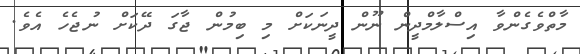
މާތްވެގެންވާ އިސްލާމްދީން ނޫން ދީނަކަށް މި ބިމުން ޖާގަ ދޭކަށް ނުޖެހެ އެވެ.